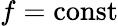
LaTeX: f=\mathrm{const}